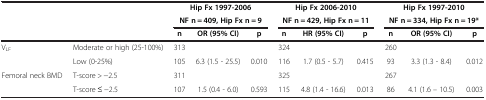
| <ROWSPAN=2-COLSPAN=2>  | <COLSPAN=3> Hip Fx 1997-2006 | <COLSPAN=3> Hip Fx 2006-2010 | <COLSPAN=3> Hip Fx 1997-2010 |
 | <COLSPAN=3> NF n = 409, Hip Fx n = 9 | <COLSPAN=3> NF n = 429, Hip Fx n = 11 | <COLSPAN=3> NF n = 334, Hip Fx n = 19* |
 | <COLSPAN=2>  | n | OR (95% CI) | p | n | HR (95% CI) | p | n | OR (95% CI) | p |
 | --- | --- | --- | --- | --- | --- | --- | --- | --- | --- | --- |
 | <ROWSPAN=2> VLF | Moderate or high (25-100%) | 313 |  |  | 324 |  |  | 260 |  |  |
 | Low (0-25%) | 105 | 6.3 (1.5 - 25.5) | 0.010 | 116 | 1.7 (0.5 - 5.7) | 0.415 | 93 | 3.3 (1.3 - 8.4) | 0.012 |
 | Femoral neck BMD | T-score > -2.5 | 311 |  |  | 325 |  |  | 267 |  |  |
 |  | T-score ≤ -2.5 | 107 | 1.5 (0.4 - 6.0) | 0.593 | 115 | 4.8 (1.4 - 16.6) | 0.013 | 86 | 4.1 (1.6 – 10.5) | 0.003 |